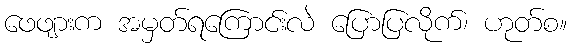
ဖေဖျားက အမှတ်ရကြောင်းလဲ ပြောပြလိုက်၊ ဟုတ်စ။